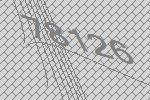
78126